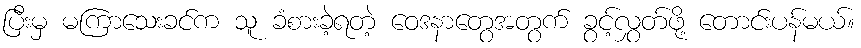
ပြီးမှ မကြာသေးခင်က သူ ခံစားခဲ့ရတဲ့ ဝေဒနာတွေအတွက် ခွင့်လွှတ်ဖို့ တောင်းပန်မယ်။